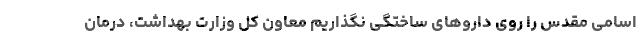
اسامی مقدس را روی داروهای ساختگی نگذاریم معاون کل وزارت بهداشت، درمان